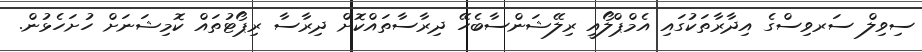
ސިވިލް ސަރވިސްގެ އިދާރާތަކުގައި އެމްޕްލޯއީ ރިލޭޝަންސާބެހޭ ދިރާސާތައްކޮށް ދިރާސާ ރިޕޯޓުތައް ކޮމިޝަނަށް ހުށަހެޅުން.